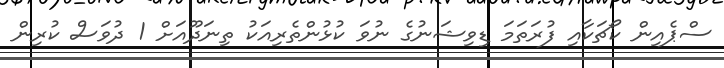
ސްޕެއިން ކޯޗަކާއި ފުރަތަމަ ޑިވިޝަނުގެ ނުވަ ކުޅުންތެރިއަކު ތިނަދޫއަށް 1 ދުވަަސް ކުރިން